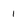
Character: 1